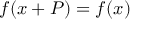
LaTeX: f ( x + P ) = f ( x )